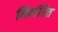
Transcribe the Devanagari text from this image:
निर्वारित